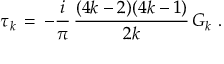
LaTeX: \tau _ { k } \, = \, - { \frac { i } { \pi } } \, { \frac { ( 4 k - 2 ) ( 4 k - 1 ) } { 2 k } } \, G _ { k } \ .